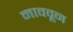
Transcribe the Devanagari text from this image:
माववून